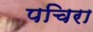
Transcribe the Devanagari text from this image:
पचिरा